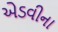
એડવીના